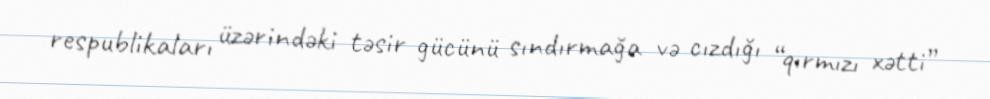
respublikaları üzərindəki təsir gücünü sındırmağa və cızdığı “qırmızı xətti”